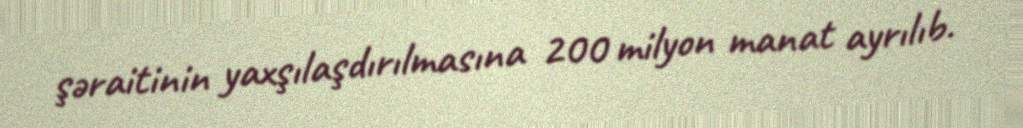
şəraitinin yaxşılaşdırılmasına 200 milyon manat ayrılıb.